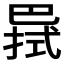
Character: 𢁊